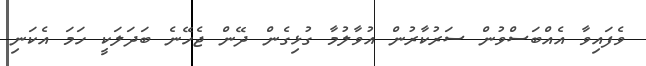
ވެފައިވާ އެއްބަސްވުން ސަރުކާރުން އުވާލުމާ ގުޅިގެން ދޭން ޖެހޭނެ ބަދަލަކީ ހަމަ އެކަނި